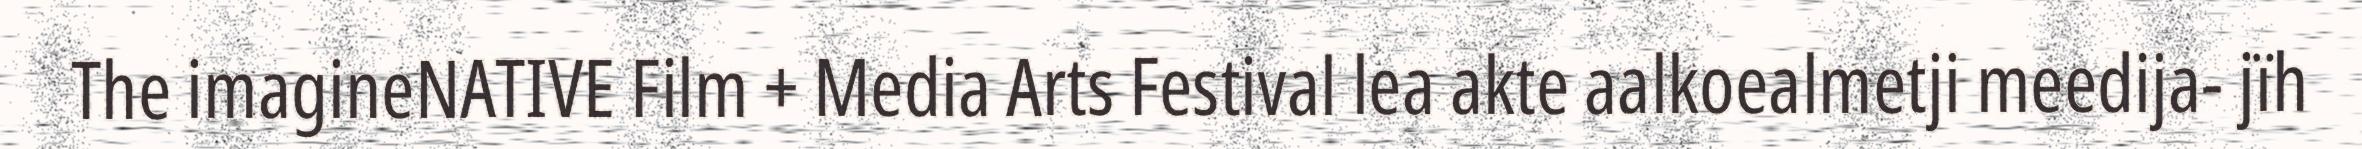
The imagineNATIVE Film + Media Arts Festival lea akte aalkoealmetji meedija- jïh